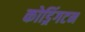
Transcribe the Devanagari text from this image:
कोड्रिंगटन